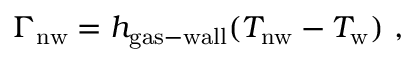
\Gamma _ { \mathrm { n w } } = h _ { \mathrm { g a s - w a l l } } ( T _ { \mathrm { n w } } - T _ { \mathrm { w } } ) \ ,